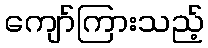
ကျော်ကြားသည့်